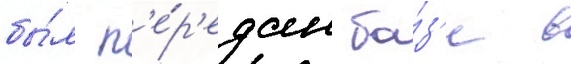
бы́л п'е́р'едан ба́з'е в